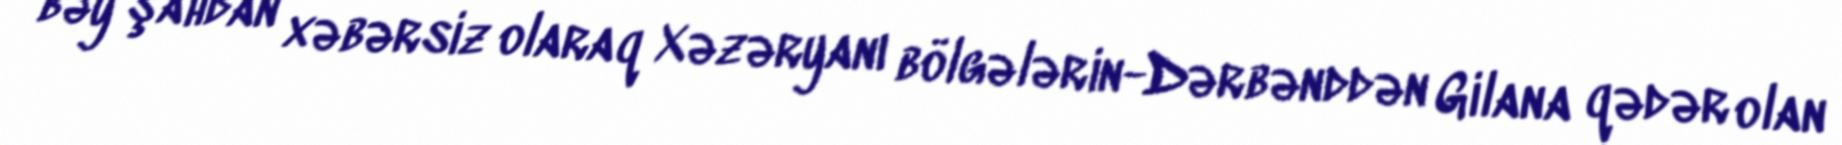
bəy şahdan xəbərsiz olaraq Xəzəryanı bölgələrin-Dərbənddən Gilana qədər olan